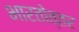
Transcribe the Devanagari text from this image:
भारतोत्तर